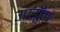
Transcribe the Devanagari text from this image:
उपयुँक्त